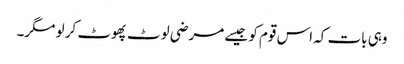
وہی بات کہ اس قوم کو جیسے مرضی لوٹ پھوٹ کر لو مگر۔